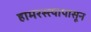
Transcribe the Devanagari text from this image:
हामरस्त्यापासून